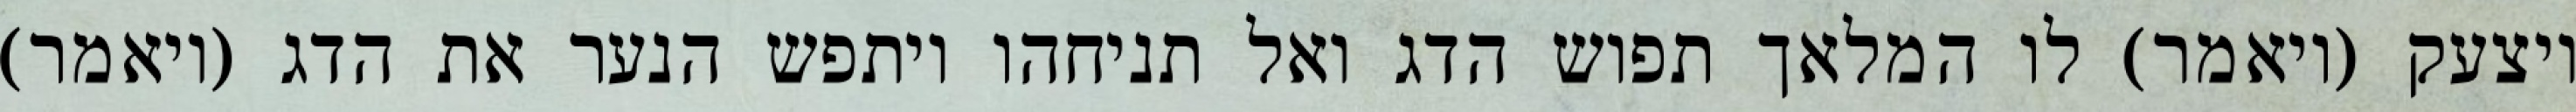
ויצעק (ויאמר) לו המלאך תפוש הדג ואל תניחהו ויתפש הנער את הדג (ויאמר)